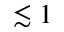
\lesssim 1